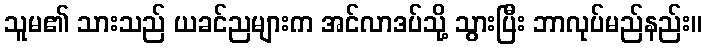
သူမ၏ သားသည် ယခင်ညများက အင်လာဒပ်သို့ သွားပြီး ဘာလုပ်မည်နည်း။